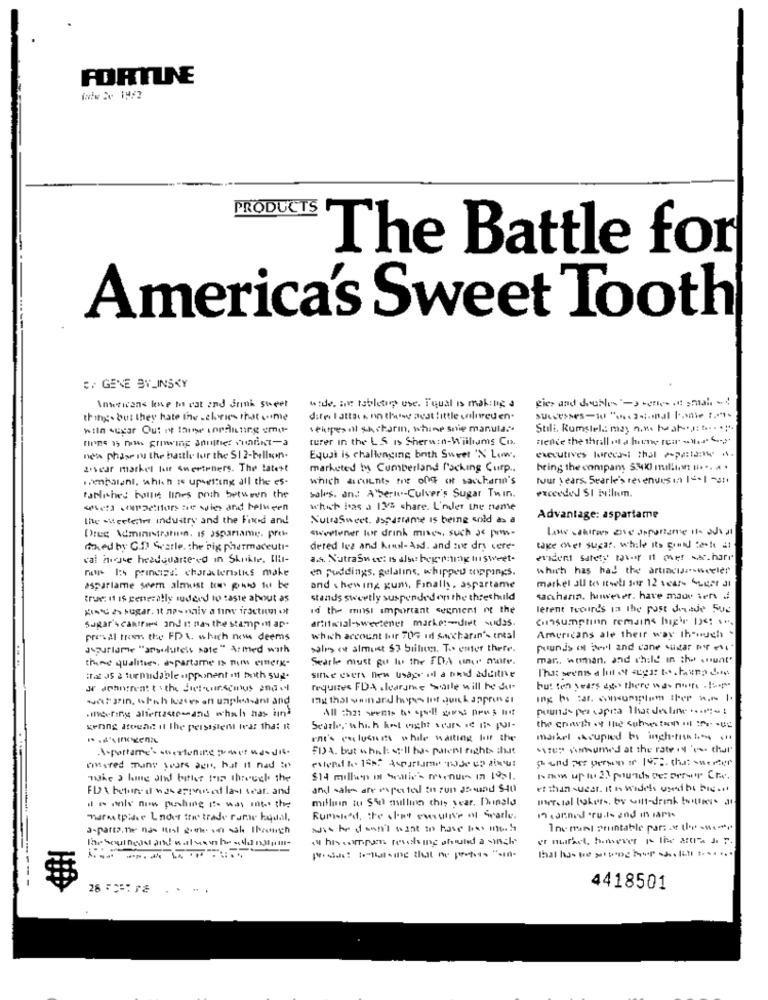
FORTUNE
PRODUCTS
The Battle for
America's Sweet Tooth
E GENE BY_INSKY
wide, ine tableta, use. Tqual is making a
Antesicons kwe mo vat and Sumi Sweet
thing. but they hate the .chyrics that .ime
dife I attack nn thatwe aest little colored en.
telupes nl shcharin, whine snie manula ..
Stili Romstel: may one has: ....
turer in the LS Is Sherwin-Williams Co.
Fence the thrill of a hrene reir "yes "-
nea phase in the battle for the $1 2-bellcon-
Equat is challenging both Sweet 'N Low.
executives lurecasi thal -peine ..
2.sear markel fut Sweeteners. The latest
marketed ty Cumberland locking Curp ..
being the company 5340 million # ... . .
.hetalent, which is upsetting all the es-
which accents the one of saccharin's
four years Searle's revenuesin 1-01-
Parliches bolli lines poth between the
sales. and A'beri-Culver's Sugar Twin.
exceeded SI ivilum.
uefa cupaction ac wie and between
what has a 12/2 share. L'oder the nome
the wheelentre industry and the Food and
NutraSweet. aspartame is being sold as a
Advantage: aspartame
swowner for drink mises, such as por-
Drug Administration, IS aspartame. pre
med by G.D Grarle, the big pharmaceuti-
dered les and Krmil- Asd. and not dry vere-
tagce chet sugar. while its gond teche il
cal have headquartered in Skulle, Il-
as. NutraSweet is also begroting In sweet-
evident Safety taber it met sachar
For 1:4 principe! characteristics make
en Puddings, gelatine, whipped toppings.
which has had the artiacusawexler
market all tes atwell sup 12 sears Suger at
asparlame seem almost to plans to be
and shewing gum, Finally, aspartame
true: 11 IS generally sudeed to taste about as
stands sweetly suspended on the threshold
saccharin, however. have made ien
id the most important segment of the
lerent Tooures in the past decade 500
artificial sweetener mache :- diet sudas.
Cınsumplinn remains highr 1) ...
Sugar's caktried and i nas the stamp ( ap-
presal from the FDA which now deems
which account bor 70G ır swocharan's enesl
Americans ale their way though .
Jourlame "arsidlufelt sale" Armed with
sales et almost 57 Siilue. T .. enter there.
pounds on anul and cane sugar proti
theme qualities, aspartame is now einerk-
Searle must go to the FDA once more.
mar ., woman, and child in the count"
The seens a lot et gar to havep dm
itet as a formidable sipponent of both sug.
since evers new usage il a brid adultie
or achogreat to the diet-conscious andet
requires FDA alearsme aile will he du-
but ten years egy there was more . !: p.
.itweerings aliertastomand which has imna
All :hat seets to spill gomes pres not
pounds per capita That deline ...-
gering atouad il The persistent Ivar that it
ent's enclosures while waiting for the
mariel Asupied to inch.tien
-A-Portame's shortening power ndsdi4.
FDA. but while .Il ha- patent rights chat
szen danoumed at the rate it's that
stand For person or 10% thus swerter
rssred many years aen, hat it nad in
"he ) hine ah bather tiz through the
$14 million in Sentie's menue- In 19>1.
FID \ before it w 24 erproben last seat. and
and sale are imported in Fun as und $40
milliin tu Suit aulline this year. Duinala
maTotal tokurs, by will-drink bottase
marestpidee Lnder tri trade rame kqual,
Rumsled, the don't euestive of warle.
wie he don't want to have aso much
his compon reveling pfund a sinch'
er nuract, henever po the ast J. F.
-----
28℃
4418501